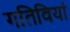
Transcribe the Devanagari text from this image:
गतिवियां